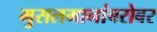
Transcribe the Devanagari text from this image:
मुसलमानांबरोबर